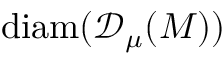
\mathrm { d i a m } ( { \mathscr { D } _ { \mu } ( M ) } )